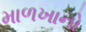
માળખાનો